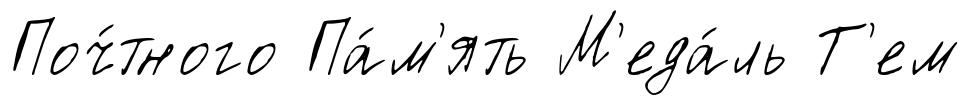
Поч́тного Па́м'ять М'еда́ль Т'ем